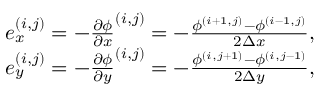
\begin{array} { r } { e _ { x } ^ { ( i , j ) } = - \frac { \partial \phi } { \partial x } ^ { ( i , j ) } = - \frac { \phi ^ { ( i + 1 , j ) } - \phi ^ { ( i - 1 , j ) } } { 2 \Delta x } , } \\ { e _ { y } ^ { ( i , j ) } = - \frac { \partial \phi } { \partial y } ^ { ( i , j ) } = - \frac { \phi ^ { ( i , j + 1 ) } - \phi ^ { ( i , j - 1 ) } } { 2 \Delta y } , } \end{array}